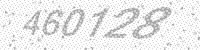
Solution: 460128